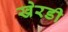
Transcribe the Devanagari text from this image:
खेरडी